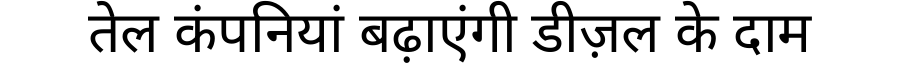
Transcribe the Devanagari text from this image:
तेल कंपनियां बढ़ाएंगी डीज़ल के दाम